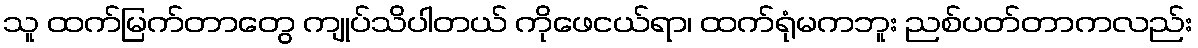
သူ ထက်မြက်တာတွေ ကျုပ်သိပါတယ် ကိုဖေငယ်ရာ၊ ထက်ရုံမကဘူး ညစ်ပတ်တာကလည်း